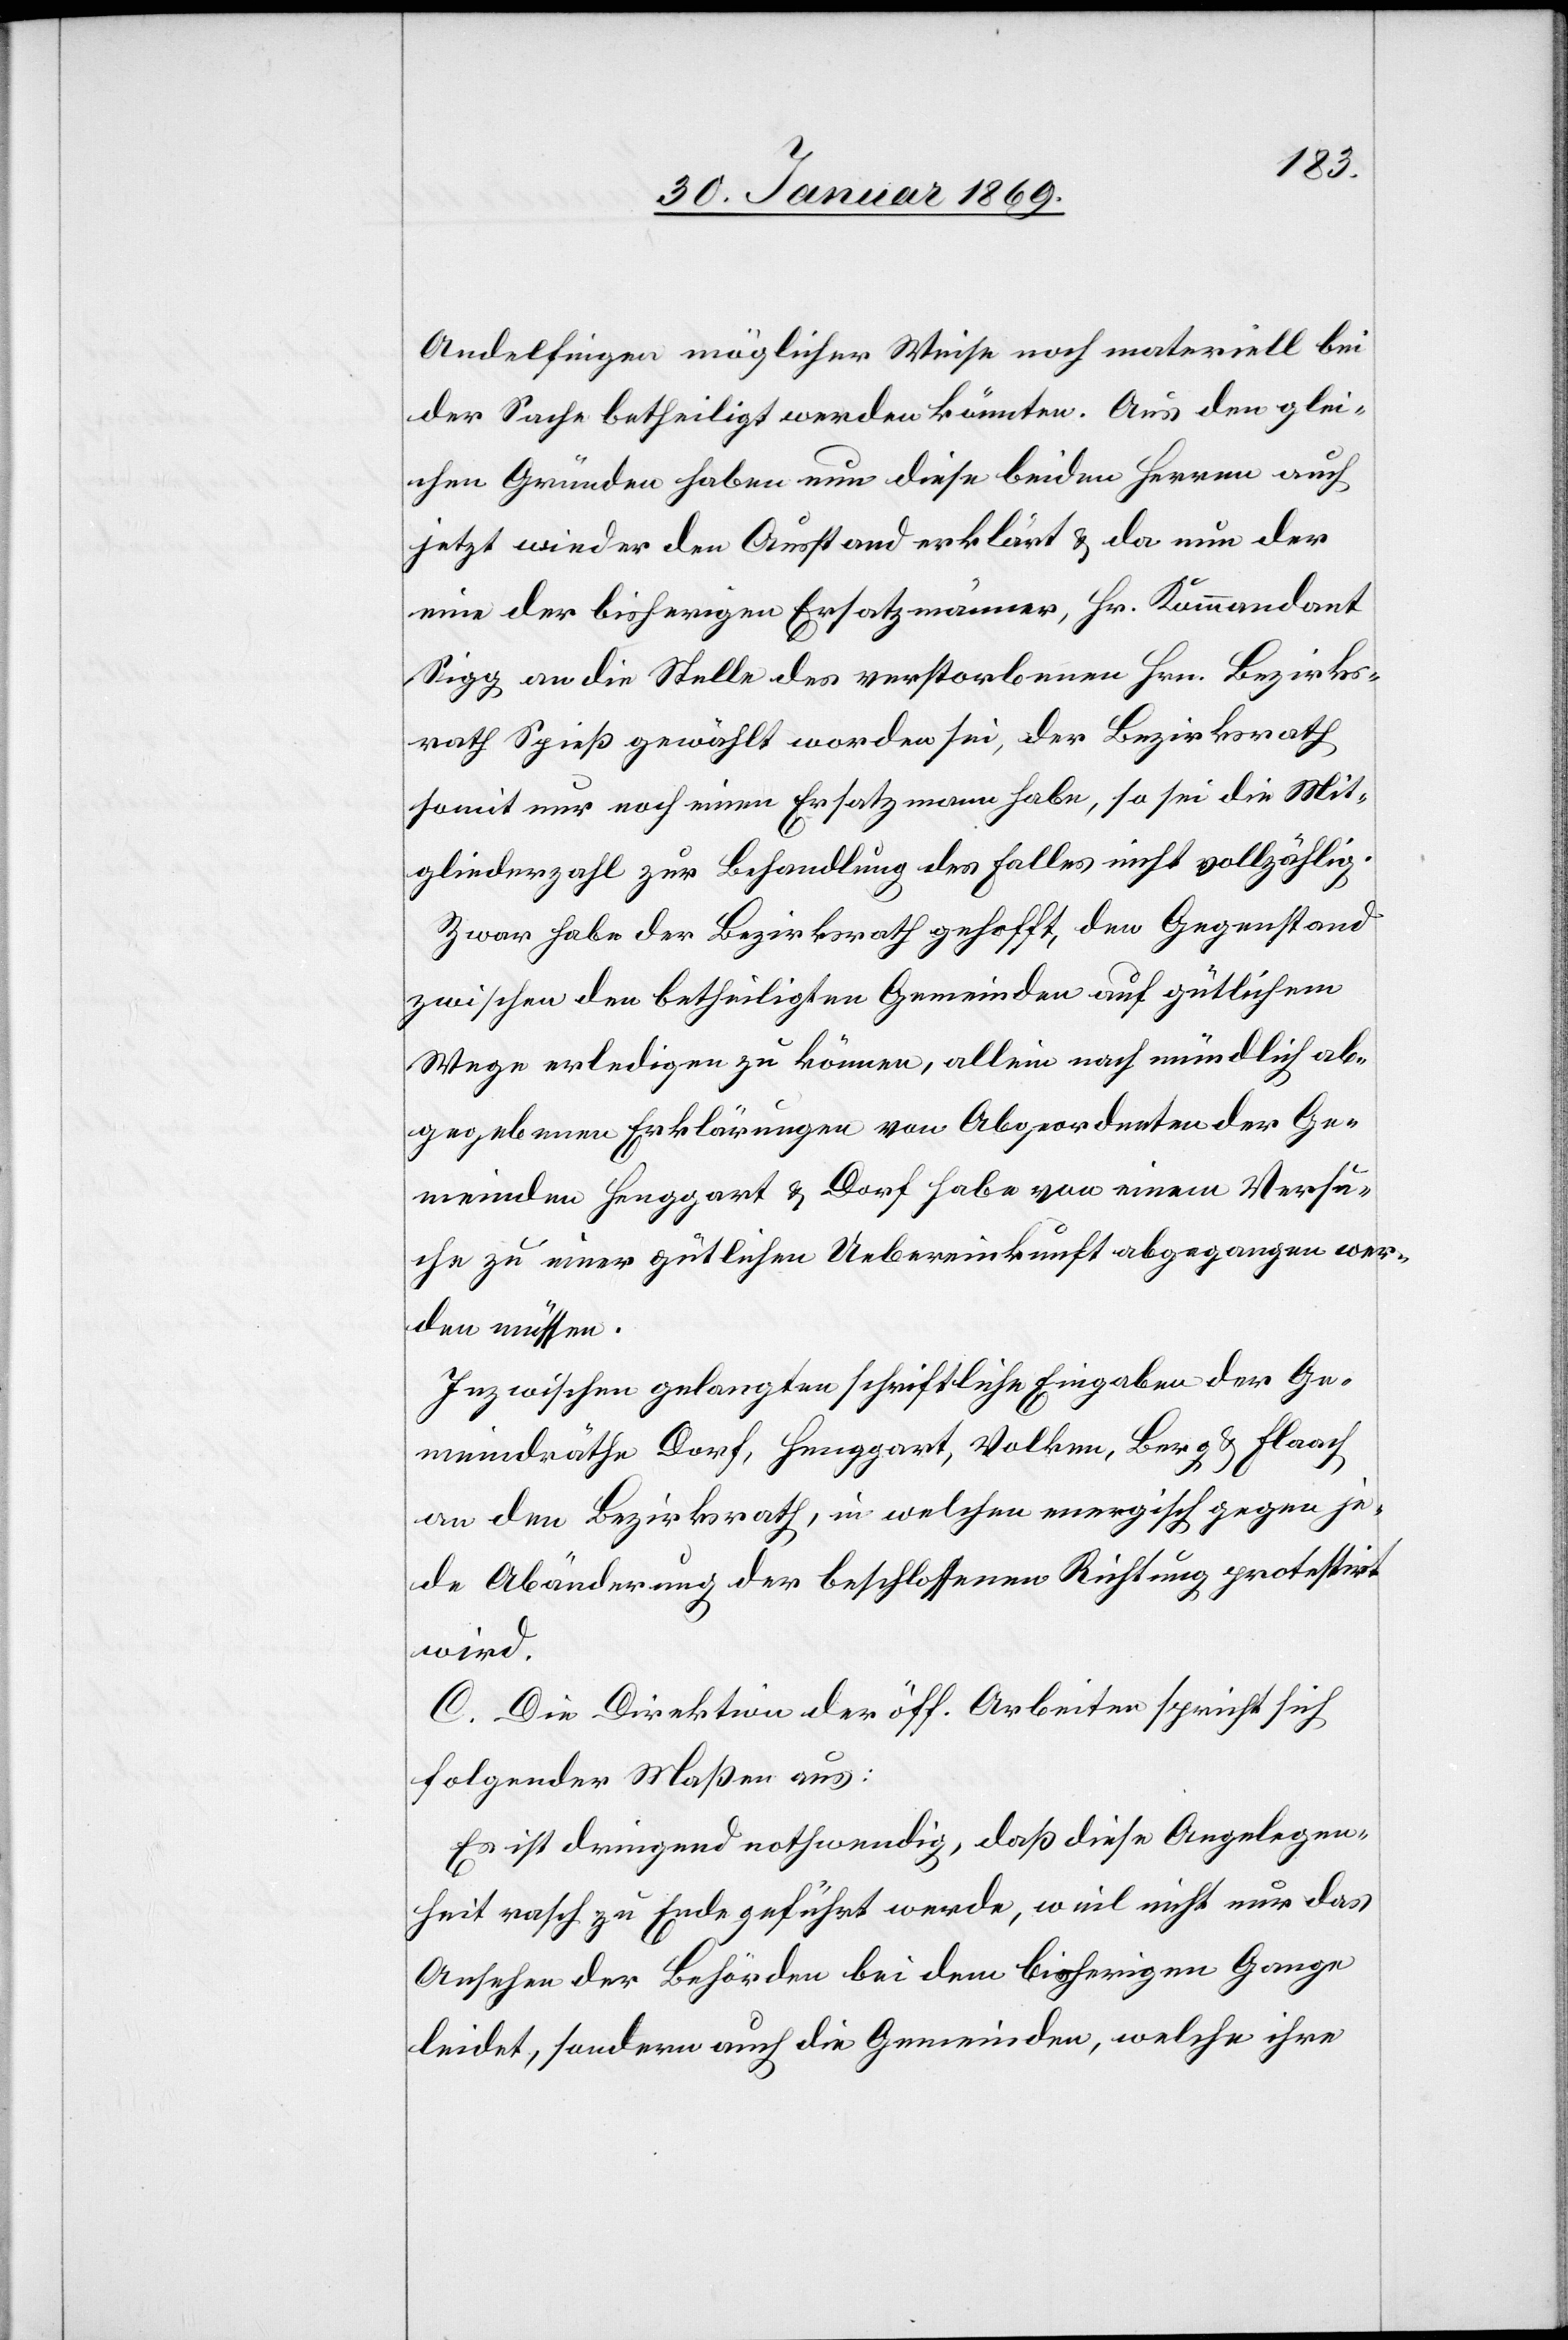
Andelfingen möglicher Weise noch materiell bei
der Sache betheiligt werden könnten. Aus den glei¬
chen Gründen haben nun diese beiden Herren auch
jetzt wieder den Ausstand erklärt u. da nun der
eine der bisherigen Ersatzmänner, Hr. Kommandant
Sigg an die Stelle des verstorbenen Hrn. Bezirks¬
rath Spieß gewählt worden sei, der Bezirksrath
somit nur noch einen Ersatzmann habe, so sei die Mit¬
gliederzahl zur Behandlung des Falles nicht vollzählig.
Zwar habe der Bezirksrath gehofft, den Gegenstand
zwischen den betheiligten Gemeinden auf gütlichem
Wege erledigen zu können, allein nach mündlich ab¬
gegebenen Erklärungen von Abgeordneten der Ge¬
meinden Henggart u. Dorf habe von einem Versu¬
che zu einer gütlichen Uebereinkunft abgegangen wer¬
den müssen.
Inzwischen gelangten schriftliche Eingaben der Ge¬
meindräthe Dorf, Henggart, Volken, Berg u. Flaach
an den Bezirksrath, in welchem energisch gegen je¬
de Abänderung der beschlossenen Richtung protestirt
wird.
C. Die Direktion der öff. Arbeiten spricht sich
folgender Maßen aus:
Es ist dringend nothwendig, daß diese Angelegen¬
heit rasch zu Ende geführt werde, weil nicht nur das
Ansuchen der Behörden bei dem bisherigen Gange
leidet, sondern auch die Gemeinden, welche ihre